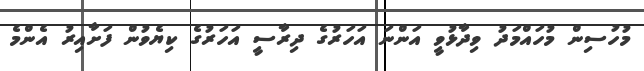
މުހުސިން މުހައްމަދު ވިދާޅުވީ އަންނަ އަހަރުގެ ދިރާސީ އަހަރުގެ ކިޔެވުން ފަށާއިރު އެންމެ